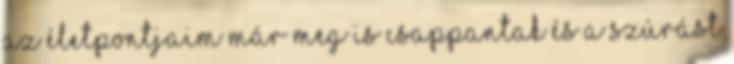
az életpontjaim már meg is csappantak és a szúrást